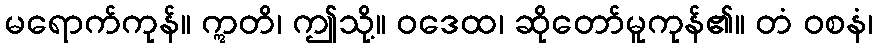
မရောက်ကုန်။ ဣတိ၊ ဤသို့။ ဝဒေထ၊ ဆိုတော်မူကုန်၏။ တံ ဝစနံ၊